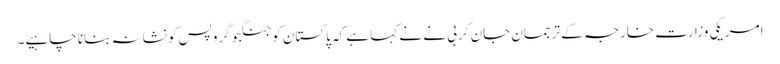
امریکی وزارت خارجہ کے ترجمان جان کربی نے نے کہا ہے کہ پاکستان کو جنگجو گروپس کو نشانہ بنانا چاہیے۔